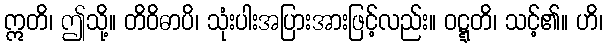
ဣတိ၊ ဤသို့။ တိဝိဓာပိ၊ သုံးပါးအပြားအားဖြင့်လည်း။ ဝဋ္ဋတိ၊ သင့်၏။ ဟိ၊